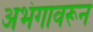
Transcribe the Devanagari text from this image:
अभंगावरून